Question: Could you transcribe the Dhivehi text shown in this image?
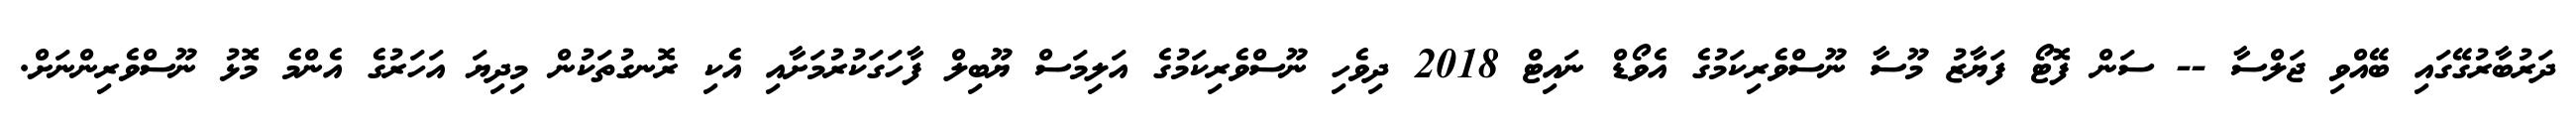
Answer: ދަރުބާރުގޭގައި ބޭއްވި ޖަލްސާ -- ސަން ފޮޓޯ ފަޔާޒު މޫސާ ނޫސްވެރިކަމުގެ އެވޯޑް ނައިޓް 2018 ދިވެހި ނޫސްވެރިކަމުގެ އަލިމަސް ޔޫބިލް ފާހަގަކުރުމަށާއި އެކި ރޮނގުތަކުން މިދިޔަ އަހަރުގެ އެންމެ މޮޅު ނޫސްވެރިންނަށް.